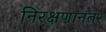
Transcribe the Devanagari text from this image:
निरक्षणानंतर